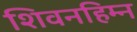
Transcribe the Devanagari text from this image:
शिवनहिम्न